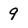
Character: 9